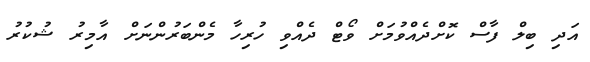
އަދި ބިލް ފާސް ކޮށްދެއްވުމަށް ވޯޓް ދެއްވި ހުރިހާ މެންބަރުންނަށް އާމިރު ޝުކުރު